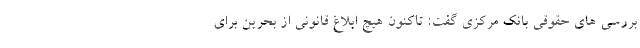
بررسی های حقوقی بانک مرکزی گفت: تاکنون هیچ ابلاغ قانونی از بحرین برای